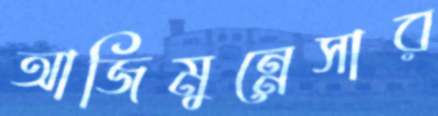
আজিমুন্নেসার